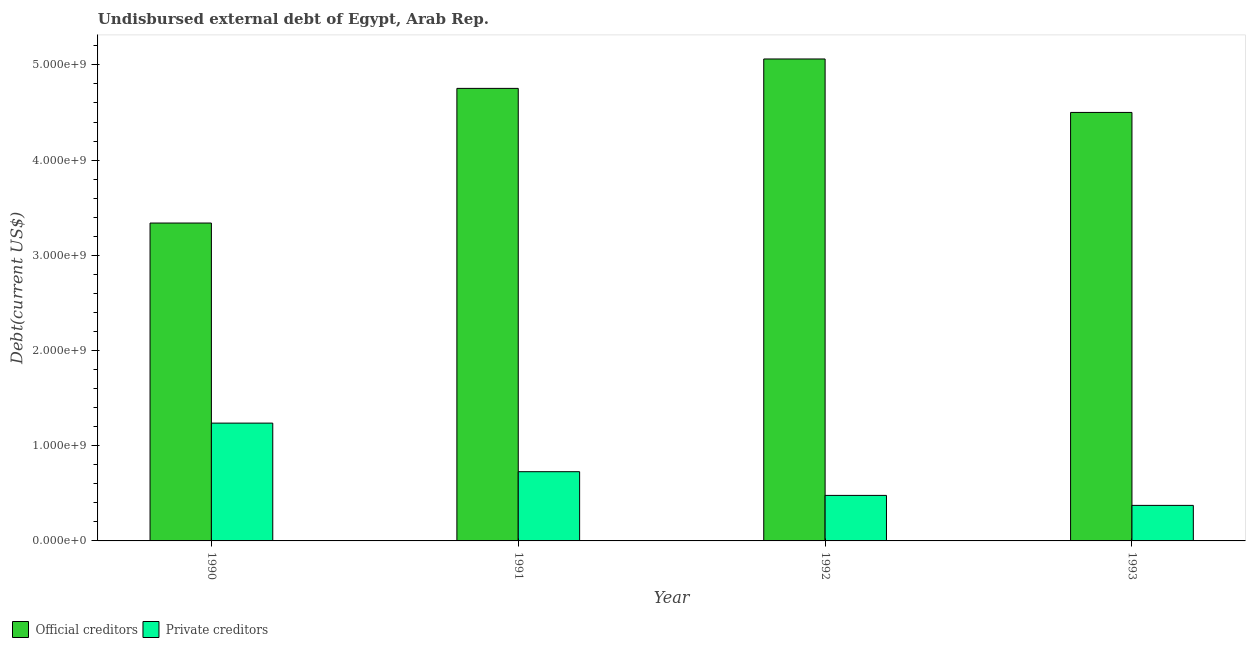
| Year | Official creditors | Private creditors |
 | --- | --- | --- |
 | 1990 | 3.34e+09 | 1.24e+09 |
 | 1991 | 4.75e+09 | 7.27e+08 |
 | 1992 | 5.06e+09 | 4.78e+08 |
 | 1993 | 4.5e+09 | 3.73e+08 |